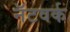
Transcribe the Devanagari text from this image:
नॅटवर्क